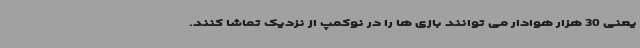
یعنی 30 هزار هوادار می توانند بازی ها را در نوکمپ از نزدیک تماشا کنند.